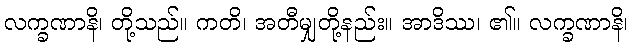
လက္ခဏာနိ၊ တို့သည်။ ကတိ၊ အတီမျှတို့နည်း။ အာဒိဿ၊ ၏။ လက္ခဏာနိ၊